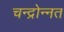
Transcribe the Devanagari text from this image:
चन्द्रोन्नत